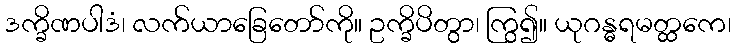
ဒက္ခိဏပါဒံ၊ လက်ယာခြေတော်ကို။ ဥက္ခိပိတွာ၊ ကြွ၍။ ယုဂန္ဓရမတ္ထကေ၊